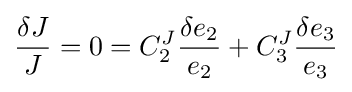
{\frac {\delta J}{J}}=0=C_{2}^{J}{\frac {\delta e_{2}}{e_{2}}}+C_{3}^{J}{\frac {\delta e_{3}}{e_{3}}}